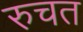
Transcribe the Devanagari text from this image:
रुचत